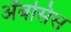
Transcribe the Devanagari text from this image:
अॅबसिस